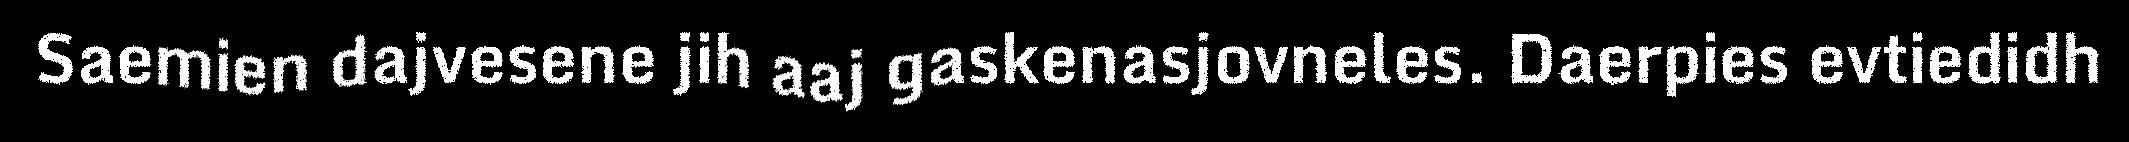
Saemien dajvesene jih aaj gaskenasjovneles. Daerpies evtiedidh